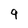
Character: 9